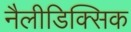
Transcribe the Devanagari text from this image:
नैलीडिक्सिक